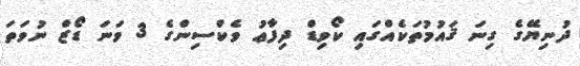
ދުނިޔޭގެ ގިނަ ޤައުމުތަކެއްގައި ކޯވިޑް ދިފާޢު ވެކްސިންގެ 3 ވަނަ ޑޯޒް ނުވަތަ